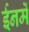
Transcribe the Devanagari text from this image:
ईनमें